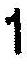
1